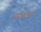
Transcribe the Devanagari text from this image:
परोसइए।